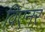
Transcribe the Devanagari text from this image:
विएनर